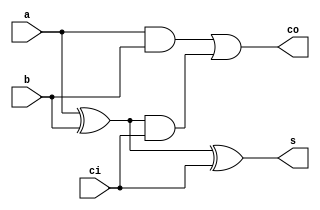
`timescale 1ns / 1ps

module FullAdder(input a, input b, input ci, output s, output co);
    wire w1;
    
    xor(w1, a, b);
    xor(s, w1, ci);
    
    wire w2, w3;
    
    and(w2, a, b);
    and(w3, w1, ci);
    or(co, w2, w3);
    
endmodule